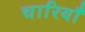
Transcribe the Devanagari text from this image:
चारियाँ